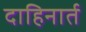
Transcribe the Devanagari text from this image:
दाहिनार्त